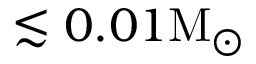
\lesssim 0 . 0 1 \mathrm { M _ { \odot } }